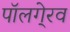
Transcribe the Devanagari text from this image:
पॉलगे्रव